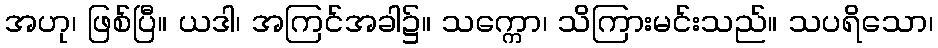
အဟု၊ ဖြစ်ပြီ။ ယဒါ၊ အကြင်အခါ၌။ သက္ကော၊ သိကြားမင်းသည်။ သပရိသော၊